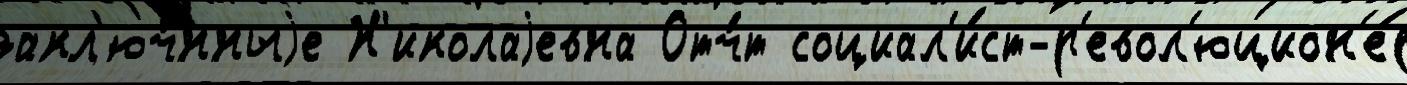
закл'юч́нныjе Н'иколаjевна Отч́т социал'и́ст-р'евол'юцион'е́р